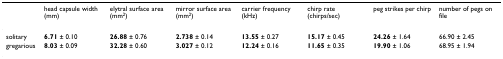
<table><thead><tr><td></td><td><b>head capsule width (mm)</b></td><td><b>elytral surface area (mm<sup>2</sup>)</b></td><td><b>mirror surface area (mm<sup>2</sup>)</b></td><td><b>carrier frequency (kHz)</b></td><td><b>chirp rate (chirps/sec)</b></td><td><b>peg strikes per chirp</b></td><td><b>number of pegs on file</b></td></tr></thead><tbody><tr><td>solitary</td><td><b>6.71 </b>± 0.10</td><td><b>26.88 </b>± 0.76</td><td><b>2.738 </b>± 0.14</td><td><b>13.55 </b>± 0.27</td><td><b>15.17 </b>± 0.45</td><td><b>24.26 </b>± 1.64</td><td>66.90 ± 2.45</td></tr><tr><td>gregarious</td><td><b>8.03 </b>± 0.09</td><td><b>32.28 </b>± 0.60</td><td><b>3.027 </b>± 0.12</td><td><b>12.24 </b>± 0.16</td><td><b>11.65 </b>± 0.35</td><td><b>19.90 </b>± 1.06</td><td>68.95 ± 1.94</td></tr></tbody></table>